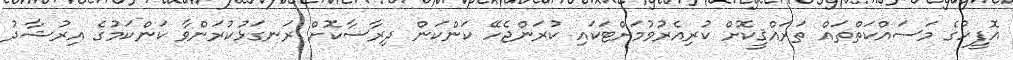
އޮފީހުގެ މަސައްކަތްތައް ތަރައްޤީކޮށް ކުރިއެރުވުމަށްޓަކައި ކުރަންޖެހޭ ކަންކަން ދިރާސާކޮށް ރަނގަޅުކުރަންވާ ކަންކަމުގެ އިރުޝާދު